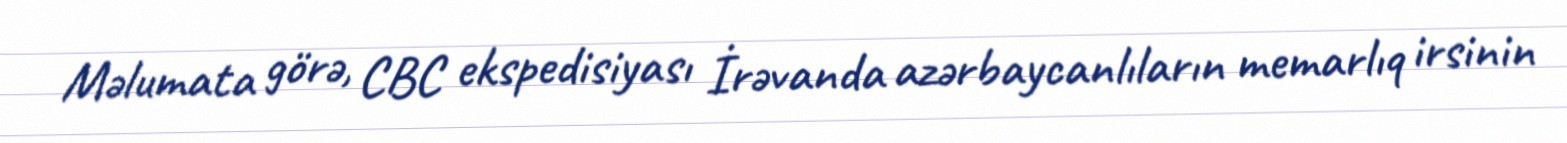
Məlumata görə, CBC ekspedisiyası İrəvanda azərbaycanlıların memarlıq irsinin